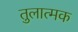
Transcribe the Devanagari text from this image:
तुलात्मक